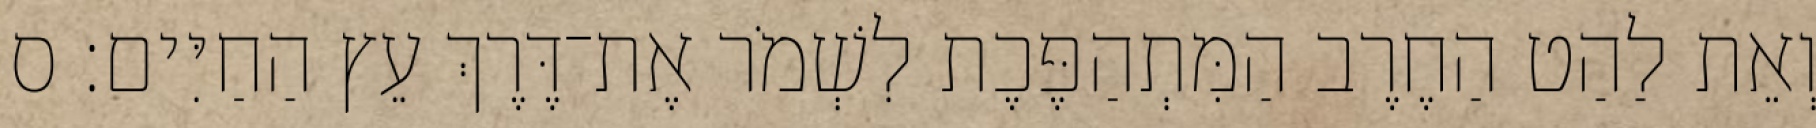
וְאֵת לַהַט הַחֶרֶב הַמִּתְהַפֶּכֶת לִשְׁמֹר אֶת־דֶּרֶךְ עֵץ הַחַיִּים׃ ס